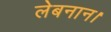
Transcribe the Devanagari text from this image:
लेबनान।